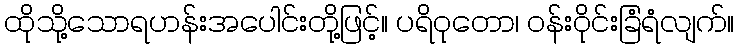
ထိုသို့သောရဟန်းအပေါင်းတို့ဖြင့်။ ပရိဝုတော၊ ဝန်းဝိုင်းခြံရံလျက်။